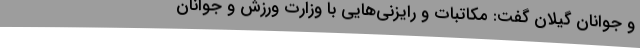
و جوانان گیلان گفت: مکاتبات و رایزنی‌هایی با وزارت ورزش و جوانان